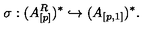
\sigma : ( A _ { [ p ] } ^ { R } ) ^ { * } \hookrightarrow ( A _ { [ p , 1 ] } ) ^ { * } .